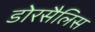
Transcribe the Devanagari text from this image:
डोरसैलिस